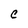
Character: C